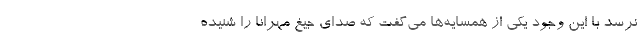
نرسد با این وجود یکی از همسایه‌ها می‌گفت که صدای جیغ مهرانا را شنیده